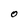
Character: O